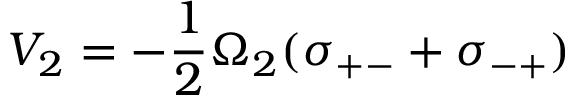
V _ { 2 } = - \frac { 1 } { 2 } \Omega _ { 2 } ( \sigma _ { + - } + \sigma _ { - + } )